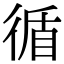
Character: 循